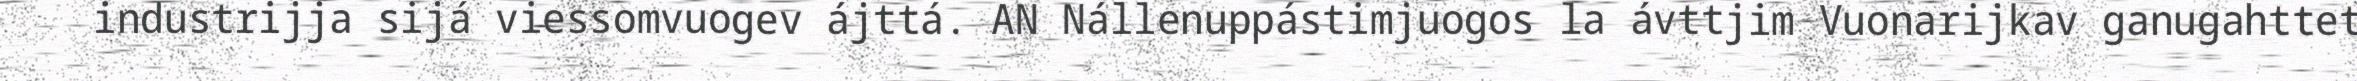
industrijja sijá viessomvuogev ájttá. AN Nállenuppástimjuogos la ávttjim Vuonarijkav ganugahttet